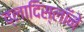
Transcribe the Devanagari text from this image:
व्लादिस्लॉने